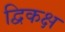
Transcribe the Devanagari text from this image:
द्विकक्ष